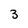
Character: 3